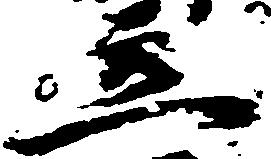
立